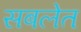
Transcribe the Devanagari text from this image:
सबलेत